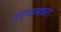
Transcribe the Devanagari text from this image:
सगुणात्मकता